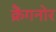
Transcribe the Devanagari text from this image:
क्रैंगनोर